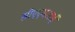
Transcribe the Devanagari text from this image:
सीएएमआई